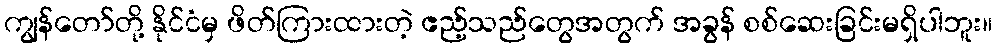
ကျွန်တော်တို့ နိုင်ငံမှ ဖိတ်ကြားထားတဲ့ ဧည့်သည်တွေအတွက် အခွန် စစ်ဆေးခြင်းမရှိပါဘူး။